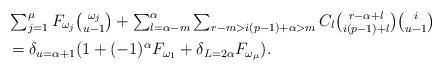
LaTeX: \begin{align*}& \textstyle \sum_{j = 1}^\mu F_{\omega_j} {\omega_j \choose u-1} + \sum_{l=\alpha-m}^\alpha \sum_{r - m > i(p-1)+\alpha > m} C_l {r-\alpha+l \choose i(p-1) +l} {i \choose u-1} \\ & \textstyle = \delta_{u=\alpha+1} (1 + (-1)^\alpha F_{\omega_1} + \delta_{L = 2\alpha} F_{\omega_\mu}).\end{align*}